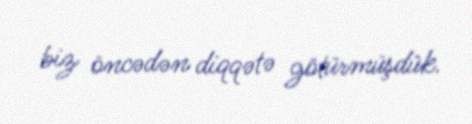
biz öncədən diqqətə götürmüşdük.